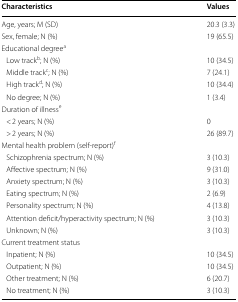
| Characteristics | Values |
 | --- | --- |
 | Age, years; M (SD) | 20.3 (3.3) |
 | Sex, female; N (%) | 19 (65.5) |
 | <COLSPAN=2> Educational degreea |
 | Low trackb; N (%) | 10 (34.5) |
 | Middle trackc; N (%) | 7 (24.1) |
 | High trackd; N (%) | 10 (34.4) |
 | No degree; N (%) | 1 (3.4) |
 | <COLSPAN=2> Duration of illnesse |
 | < 2 years; N (%) | 0 |
 | > 2 years; N (%) | 26 (89.7) |
 | <COLSPAN=2> Mental health problem (self-report)f |
 | Schizophrenia spectrum; N (%) | 3 (10.3) |
 | Affective spectrum; N (%) | 9 (31.0) |
 | Anxiety spectrum; N (%) | 3 (10.3) |
 | Eating spectrum; N (%) | 2 (6.9) |
 | Personality spectrum; N (%) | 4 (13.8) |
 | Attention deficit/hyperactivity spectrum; N (%) | 3 (10.3) |
 | Unknown; N (%) | 3 (10.3) |
 | <COLSPAN=2> Current treatment status |
 | Inpatient; N (%) | 10 (34.5) |
 | Outpatient; N (%) | 10 (34.5) |
 | Other treatment; N (%) | 6 (20.7) |
 | No treatment; N (%) | 3 (10.3) |